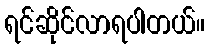
ရင်ဆိုင်လာရပါတယ်။